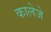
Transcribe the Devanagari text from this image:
कालेजे